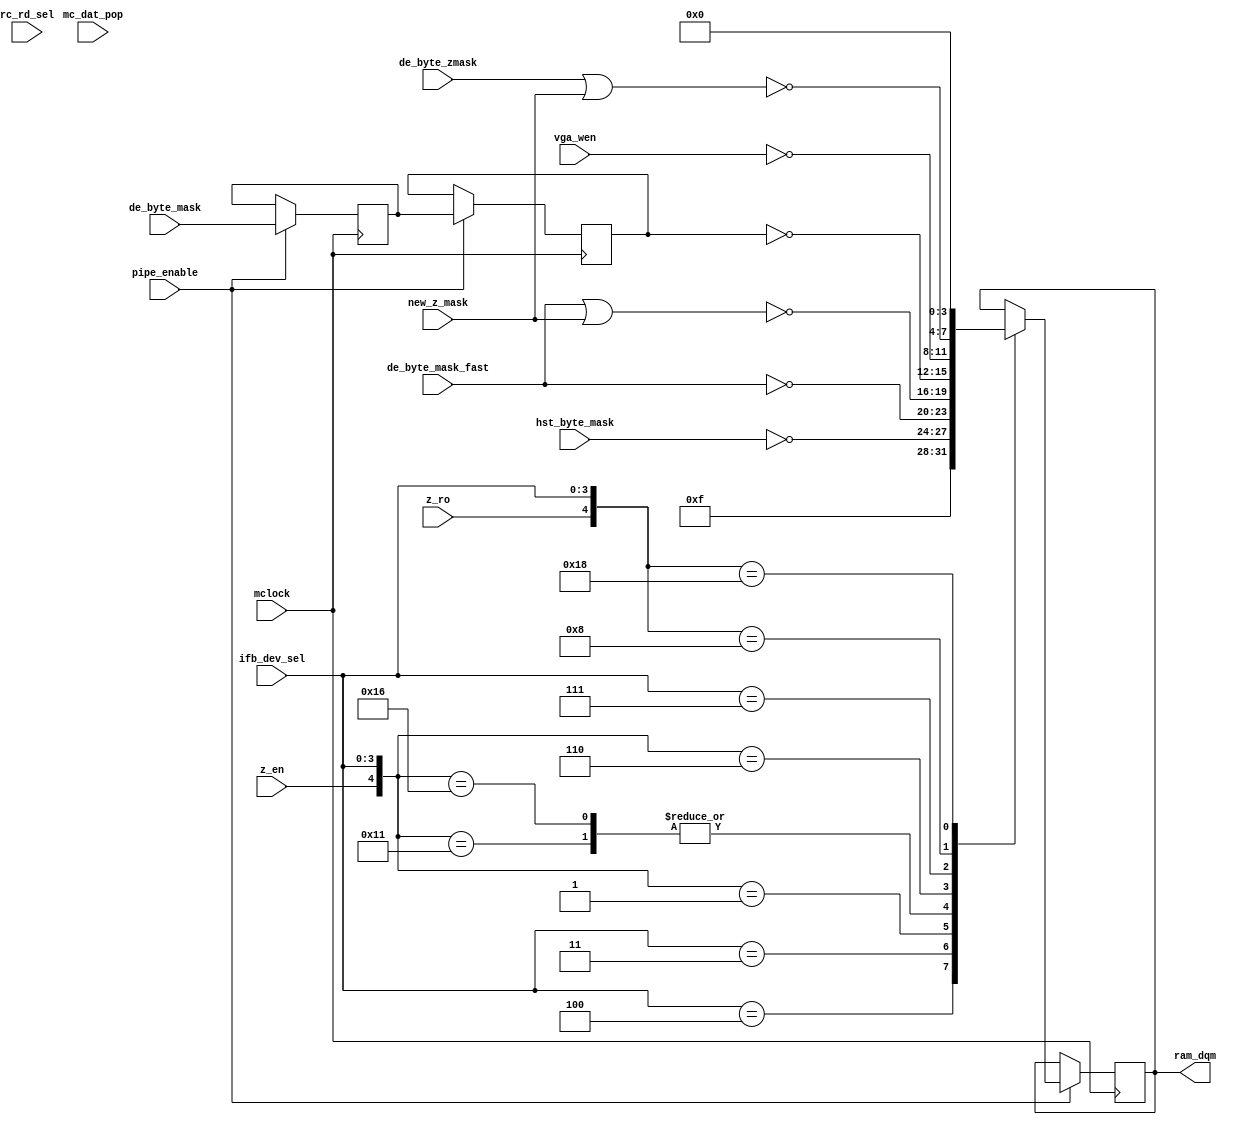
module mc_datmsk
  #
  (
   parameter            BYTES = 4
   )
  (
   input                  mclock,
   input                  mc_dat_pop,
   input                  pipe_enable,
   input [3:0]            ifb_dev_sel,
   input [BYTES-1:0]      hst_byte_mask,
   input [BYTES-1:0]      de_byte_mask,
   input [BYTES-1:0]      de_byte_zmask,
   input [BYTES-1:0]      de_byte_mask_fast,
   input [BYTES-1:0]      new_z_mask,
   input [3:0]            vga_wen,
   input                  rc_rd_sel,       // select a DQM=0 for a read
   input                  z_en,
   input                  z_ro,
   
   output reg [BYTES-1:0] ram_dqm          // Final write strobes to memory
   );


  reg [BYTES-1:0] de_byte_mask_1; // piped to match blending pipe stage
  reg [BYTES-1:0] de_byte_mask_2; // piped to match blending pipe stage
  
  // Pipeline stage
  // A pipeline stage has to be present in the mask logic to match the stage in
  // the blending unit.
  always @(posedge mclock) begin
    if (pipe_enable) begin
      // Datapath only advances when enabled by wau fsm
      de_byte_mask_1 <= de_byte_mask;
      de_byte_mask_2 <= de_byte_mask_1; // | key_mask;
      
      casex ({z_en, z_ro, ifb_dev_sel})
	{1'bx, 1'bx, 4'h4}: ram_dqm <= ~(16'h0);
	{1'bx, 1'bx, 4'h3}: ram_dqm <= ~hst_byte_mask;
        {1'b0, 1'bx, 4'h1}: ram_dqm <= ~de_byte_mask_fast;
        {1'b1, 1'bx, 4'h1}: ram_dqm <= ~(de_byte_mask_fast | new_z_mask);
        {1'b1, 1'bx, 4'h6}: ram_dqm <= ~(de_byte_mask_fast | new_z_mask); // Added (jmacleod).
        {1'b0, 1'bx, 4'h6}: ram_dqm <= ~de_byte_mask_2; // (CHECK)
        {1'bx, 1'bx, 4'h7}: ram_dqm <= ~{4{vga_wen}};
        {1'bx, 1'b0, 4'h8}: ram_dqm <= ~(de_byte_zmask | new_z_mask);
        {1'bx, 1'b1, 4'h8}: ram_dqm <= 16'h0;
      endcase
    end // always @ (posedge mclock)
  end
endmodule